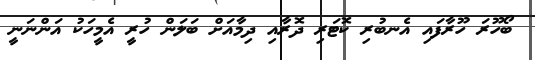
ބޯހޫރަ ހޫރާފައި އެނބުރި ކޮޓަރި ދޮރާއި ދިމާއަށް ބަލަން ހުރީ އެމީހަކު އަންނަނީ